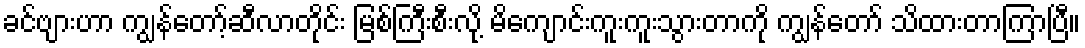
ခင်ဗျားဟာ ကျွန်တော့်ဆီလာတိုင်း မြစ်ကြီးစီးလို့ မိကျောင်းကူးကူးသွားတာကို ကျွန်တော် သိထားတာကြာပြီ။